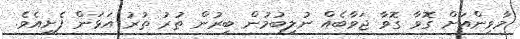
މާވިންއަށް ގޮވާ ގޮވާ ޖަވާބެއް ނުލިބުމުން ބިރުން ތުރު ތުރު އަޅަން ފެށިއެވެ.